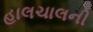
હાલચાલની